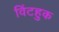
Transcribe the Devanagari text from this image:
विंटहुक